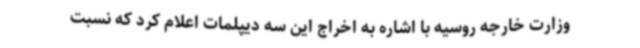
وزارت خارجه روسیه با اشاره به اخراج این سه دیپلمات اعلام کرد که نسبت